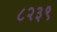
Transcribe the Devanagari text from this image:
८२३९